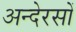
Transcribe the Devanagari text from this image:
अन्देरसों